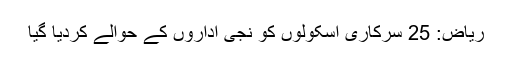
ریاض: 25 سرکاری اسکولوں کو نجی اداروں کے حوالے کردیا گیا